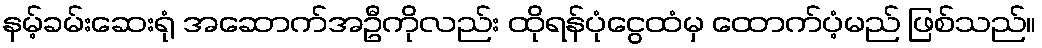
နမ့်ခမ်းဆေးရုံ အဆောက်အဦကိုလည်း ထိုရန်ပုံငွေထံမှ ထောက်ပံ့မည် ဖြစ်သည်။